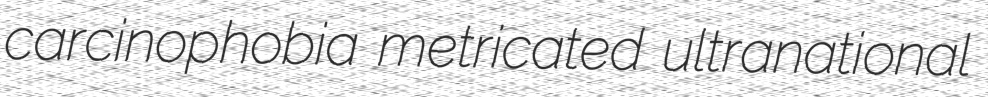
carcinophobia metricated ultranational